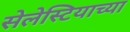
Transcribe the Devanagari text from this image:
सेलेस्टियाच्या